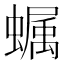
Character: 𧑏